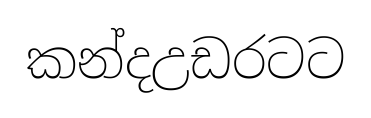
කන්දඋඩරටට